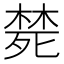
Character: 𭮜